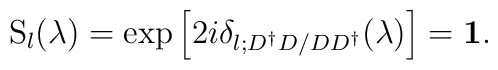
\mbox{S}_l(\lambda)=\exp \left[ 2i\delta_{l;D^\dagger D/DD^\dagger}(\lambda)\right]={\bf 1}.